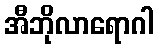
အီဘိုလာရောဂါ